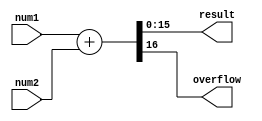
// Yigit Suoglu
// This file contains modules for addition and multipication of 16 bit unsigned
// fixed point and signed floating point formated numbers
/*
 * Fixed Point Format:
 *   Most significant 8 bits represent integer part and Least significant 8 bits
 *   represent fraction part
 *   i.e. IIIIIIIIFFFFFFFF = IIIIIIII.FFFFFFFF
 * ----------------------------------------------------------------------------
 * Floating Point Format:
 *   binary16 (IEEE 754-2008) is used. MSB used as sign bit. 10 least significant
 *   bits are used as fraction and remaining bits are used as exponent
 *   i.e. SEEEEEFFFFFFFFFF = (-1)^S * 1.FFFFFFFFFF * 2^EEEEE
 */

`timescale 1ns / 1ps

//fixed adder adds unsigned fixed numbers. Overflow flag is high in case of overflow
module fixed_adder(num1, num2, result, overflow);
  input [15:0] num1, num2;
  output [15:0] result;
  output overflow;

  //single assign statement handles fixed additon
  assign {overflow, result} = (num1 + num2);

endmodule

//fixed multi multiplies unsigned fixed numbers. Overflow flag is high in case of overflow
module fixed_multi(num1, num2, result, overflow);
  input [15:0] num1, num2; //num1 is multiplicand and num2 is multiplier
  output [15:0] result;
  output overflow;
  reg [22:0] mid [15:0]; //shifted values
  reg [23:0] midB[3:0]; //addition of shifted values
  wire [23:0] preResult; //24-bit results

  assign result = preResult[15:0]; //least significant 16-bit is results
  assign overflow = |preResult[23:16]; // most significant 8-bit is overflow
  assign preResult = midB[0] + midB[1] + midB[2] + midB[3];
  always@* //midB wires are added for readability
    begin
      midB[0] = mid[0] + mid[4] + mid[8] + mid[15];
      midB[1] = mid[1] + mid[5] + mid[9] + mid[14];
      midB[2] = mid[2] + mid[6] + mid[10] + mid[13];
      midB[3] = mid[3] + mid[7] + mid[11] + mid[12];
    end
  always@* //shift and enable control
    begin
      mid[0] = (num1 >> 8) & {16{num2[0]}};
      mid[1] = (num1 >> 7) & {16{num2[1]}};
      mid[2] = (num1 >> 6) & {16{num2[2]}};
      mid[3] = (num1 >> 5) & {16{num2[3]}};
      mid[4] = (num1 >> 4) & {16{num2[4]}};
      mid[5] = (num1 >> 3) & {16{num2[5]}};
      mid[6] = (num1 >> 2) & {16{num2[6]}};
      mid[7] = (num1 >> 1) & {16{num2[7]}};
      mid[8] =  num1 & {16{num2[8]}};
      mid[9] = (num1 << 1) & {16{num2[9]}};
      mid[10] = (num1 << 2) & {16{num2[10]}};
      mid[11] = (num1 << 3) & {16{num2[11]}};
      mid[12] = (num1 << 4) & {16{num2[12]}};
      mid[13] = (num1 << 5) & {16{num2[13]}};
      mid[14] = (num1 << 6) & {16{num2[14]}};
      mid[15] = (num1 << 7) & {16{num2[15]}};
    end

endmodule

//float multi multiplies floating point numbers. Overflow flag is high in case of overflow
module float_multi(num1, num2, result, overflow);
  input [15:0] num1, num2;
  output [15:0] result;
  output overflow;
  wire sign1, sign2, signr; //hold signs
  wire [4:0] ex1, ex2; //hold exponents
  wire [9:0] fra1, fra2; //hold fractions
  wire [10:0] float1; // true value of fra1 i.e. 1.ffffffffff
  wire [5:0] exSum; //exponent sum
  wire [10:0] float_res; //fraction result
  reg [10:0] mid[9:0], mid2[1:0];

  assign overflow = exSum[5]; //extra digit of final sum exist at overflow
  //decode numbers
  assign {sign1, ex1, fra1} = num1;
  assign {sign2, ex2, fra2} = num2;
  //Same signs give 0 (positive), different signs give 1 (negative)
  assign signr = (sign1 ^ sign2);
  assign exSum = (ex1 + ex2); //exponentials are added
  assign float1 = {1'b1, fra1};
  assign float_res = float1 + mid2[1] + mid2[0]; //add mid2 terms and integer  of num2
  assign result = {signr, exSum[4:0], float_res[9:0]};

  always@* //create mids from fractions
    begin
      mid[0] = (float1 >> 10) & {16{fra2[0]}};
      mid[1] = (float1 >> 9) & {16{fra2[1]}};
      mid[2] = (float1 >> 8) & {16{fra2[2]}};
      mid[3] = (float1 >> 7) & {16{fra2[3]}};
      mid[4] = (float1 >> 6) & {16{fra2[4]}};
      mid[5] = (float1 >> 5) & {16{fra2[5]}};
      mid[6] = (float1 >> 4) & {16{fra2[6]}};
      mid[7] = (float1 >> 3) & {16{fra2[7]}};
      mid[8] = (float1 >> 2) & {16{fra2[8]}};
      mid[9] = (float1 >> 1) & {16{fra2[9]}};
    end

  always@* //create mid2s from mids
    begin
      mid2[1] = mid[0] + mid[1] + mid[2] + mid[3] + mid[4];
      mid2[0] = mid[5] + mid[6] + mid[7] + mid[8] + mid[9];
    end

endmodule

//float multi multiplies floating point numbers. Overflow flag is high in case of overflow
module float_adder(num1, num2, result, overflow);
  input [15:0] num1, num2;
  output [15:0] result;
  output overflow; //overflow flag
  reg [15:0] bigNum, smallNum; //to seperate big and small numbers
  wire [9:0] big_fra, small_fra; //to hold fraction part
  wire [4:0] big_ex, small_ex; //to hold exponent part
  wire [5:0] exCheck;
  wire big_sig, small_sig; //to hold signs
  wire [10:0] big_float, small_float; //to hold as float number with integer
  reg [10:0] sign_small_float, shifted_small_float; //preparing small float
  wire [3:0] ex_diff; //difrence between exponentials
  wire [11:0] sum; //sum of numbers with integer parts
  
  assign overflow = (big_sig & small_sig) & ((&big_ex) & (&small_ex)) & sum[11]; //not optimesed
  assign result[15] = big_sig; //result sign same as big sign
  assign result[14:10] = exCheck[4:0]; //get result exponent from exCheck
  assign result[9:0] = (sum[11]) ? sum[10:1] : sum[9:0];

  //decode numbers
  assign {big_sig, big_ex, big_fra} = bigNum;
  assign {small_sig, small_ex, small_fra} = smallNum;
  //add integer parts
  assign big_float = {1'b1, big_fra};
  assign small_float = {1'b1, small_fra};
  assign ex_diff = big_ex - small_ex; //diffrence between exponents
  assign sum = sign_small_float + big_float; //add numbers
  //increase exponent if sum is shifted
  assign exCheck = (sum[11]) ? (big_ex + 5'b1) : big_ex;

  always@* //take small number to exponent of big number
    begin
      case (ex_diff)
        0: shifted_small_float = small_float;
        1: shifted_small_float = (small_float >> 1);
        2: shifted_small_float = (small_float >> 2);
        3: shifted_small_float = (small_float >> 3);
        4: shifted_small_float = (small_float >> 4);
        5: shifted_small_float = (small_float >> 5);
        6: shifted_small_float = (small_float >> 6);
        7: shifted_small_float = (small_float >> 7);
        8: shifted_small_float = (small_float >> 8);
        9: shifted_small_float = (small_float >> 9);
        10: shifted_small_float = (small_float >> 10);
        default: shifted_small_float = 11'b0;
      endcase
    end

  always@* //if signs are diffrent take 2s compliment of small number
    begin
      if(big_sig != small_ex)
        begin
          sign_small_float = ~shifted_small_float + 11'b1;
        end
      else
        begin
          sign_small_float = shifted_small_float;
        end
    end

  always@* //determine big number
    begin
      if(num2[14:10] > num1[14:10])
        begin
          bigNum = num2;
          smallNum = num1;
        end
      else if(num2[14:10] == num1[14:10])
        begin
          if(num2[9:0] > num1[9:0])
            begin
              bigNum = num2;
              smallNum = num1;
            end
          else
            begin
              bigNum = num1;
              smallNum = num2;
            end
        end
      else
        begin
          bigNum = num1;
          smallNum = num2;
        end
    end

endmodule